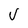
Character: V